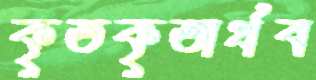
কৃতকৃতার্থব